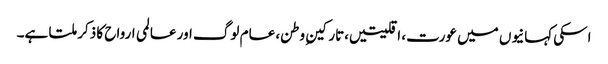
اسکی کہانیوں میں عورت، اقلیتیں،تارکینِ وطن، عام لوگ اور عالمی ارواح کا ذکر ملتا ہے۔